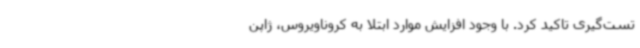
تست‌گیری تاکید کرد. با وجود افزایش موارد ابتلا به کروناویروس، ژاپن